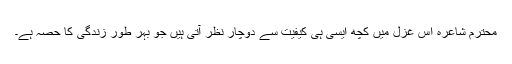
محترم شاعرہ اس غزل میں کچھ ایسی ہی کیفیت سے دوچار نظر آتی ہیں جو بہر طور زندگی کا حصہ ہے۔